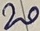
Text: 20